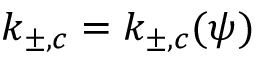
k _ { \pm , c } = k _ { \pm , c } ( \psi )